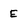
Character: E